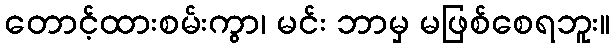
တောင့်ထားစမ်းကွာ၊ မင်း ဘာမှ မဖြစ်စေရဘူး။